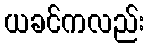
ယခင်ကလည်း